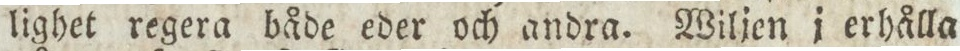
lighet regera både eder och andra. Wiljen i erhålla